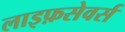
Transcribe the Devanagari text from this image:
लाइफ़सेवर्स